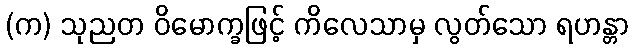
(က) သုညတ ဝိမောက္ခဖြင့် ကိလေသာမှ လွတ်သော ရဟန္တာ